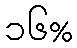
၁၆%